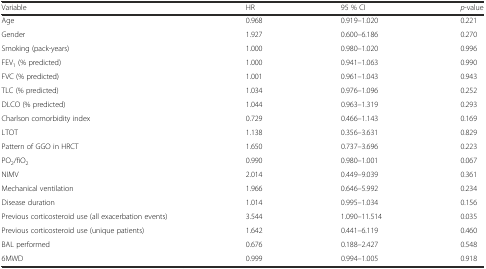
<table><thead><tr><td><b>Variable</b></td><td><b>HR</b></td><td><b>95 % CI</b></td><td><b><i>p</i>-value</b></td></tr></thead><tbody><tr><td>Age</td><td>0.968</td><td>0.919–1.020</td><td>0.221</td></tr><tr><td>Gender</td><td>1.927</td><td>0.600–6.186</td><td>0.270</td></tr><tr><td>Smoking (pack-years)</td><td>1.000</td><td>0.980–1.020</td><td>0.996</td></tr><tr><td>FEV<sub>1</sub> (% predicted)</td><td>1.000</td><td>0.941–1.063</td><td>0.990</td></tr><tr><td>FVC (% predicted)</td><td>1.001</td><td>0.961–1.043</td><td>0.943</td></tr><tr><td>TLC (% predicted)</td><td>1.034</td><td>0.976–1.096</td><td>0.252</td></tr><tr><td>DLCO (% predicted)</td><td>1.044</td><td>0.963–1.319</td><td>0.293</td></tr><tr><td>Charlson comorbidity index</td><td>0.729</td><td>0.466–1.143</td><td>0.169</td></tr><tr><td>LTOT</td><td>1.138</td><td>0.356–3.631</td><td>0.829</td></tr><tr><td>Pattern of GGO in HRCT</td><td>1.650</td><td>0.737–3.696</td><td>0.223</td></tr><tr><td>PO<sub>2</sub>/fiO<sub>2</sub></td><td>0.990</td><td>0.980–1.001</td><td>0.067</td></tr><tr><td>NIMV</td><td>2.014</td><td>0.449–9.039</td><td>0.361</td></tr><tr><td>Mechanical ventilation</td><td>1.966</td><td>0.646–5.992</td><td>0.234</td></tr><tr><td>Disease duration</td><td>1.014</td><td>0.995–1.034</td><td>0.156</td></tr><tr><td>Previous corticosteroid use (all exacerbation events)</td><td>3.544</td><td>1.090–11.514</td><td>0.035</td></tr><tr><td>Previous corticosteroid use (unique patients)</td><td>1.642</td><td>0.441–6.119</td><td>0.460</td></tr><tr><td>BAL performed</td><td>0.676</td><td>0.188–2.427</td><td>0.548</td></tr><tr><td>6MWD</td><td>0.999</td><td>0.994–1.005</td><td>0.918</td></tr></tbody></table>